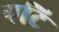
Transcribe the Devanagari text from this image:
पटि